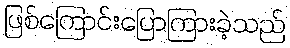
ဖြစ်ကြောင်းပြောကြားခဲ့သည်